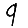
Digit: 9